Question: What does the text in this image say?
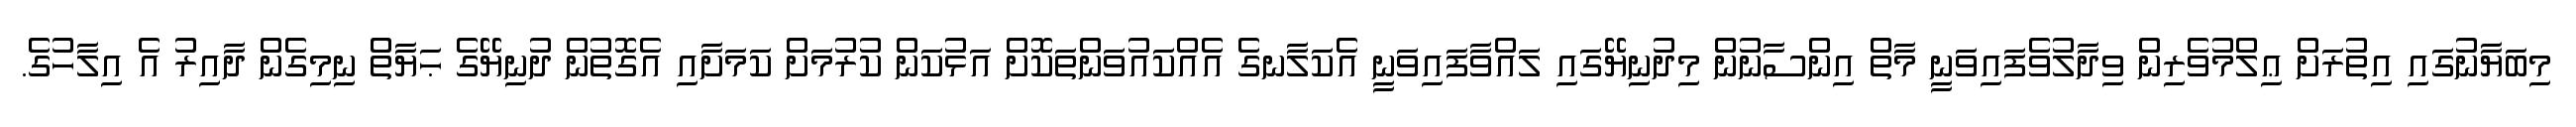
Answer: މިބަޔާނުގައި އިތުރަށް ޢިލްމުވެރިން ވިދާލުވެފައިވަނީ މާތް އިންސާނުން މިދުނިޔޭގައި ލައްވާފައިވަނީ އެކަލާނގެ އެއްކައުވަންތަކޮށް އަޅުކަން ކުރުމަށް ކަމަށާއި އެގޮތުން ދުނިޔޭގެ ޙަޔާތް ނިމިގެން ދާއިރު އެ އިލާހުގެ.